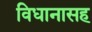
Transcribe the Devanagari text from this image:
विधानासह